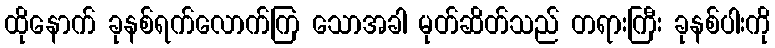
ထိုနောက် ခုနစ်ရက်လောက်ကြ သောအခါ မုတ်ဆိတ်သည် တရားကြီး ခုနစ်ပါးကို